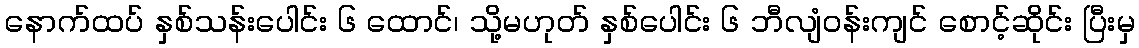
နောက်ထပ် နှစ်သန်းပေါင်း ၆ ထောင်၊ သို့မဟုတ် နှစ်ပေါင်း ၆ ဘီလျံဝန်းကျင် စောင့်ဆိုင်း ပြီးမှ